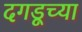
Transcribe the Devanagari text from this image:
दगडूच्या